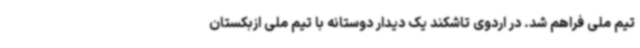
تیم ملی فراهم شد. در اردوی تاشکند یک دیدار دوستانه با تیم ملی ازبکستان